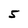
Character: 5